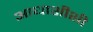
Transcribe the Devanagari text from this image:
आधाशीशी